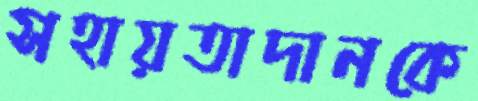
সহায়তাদানকে